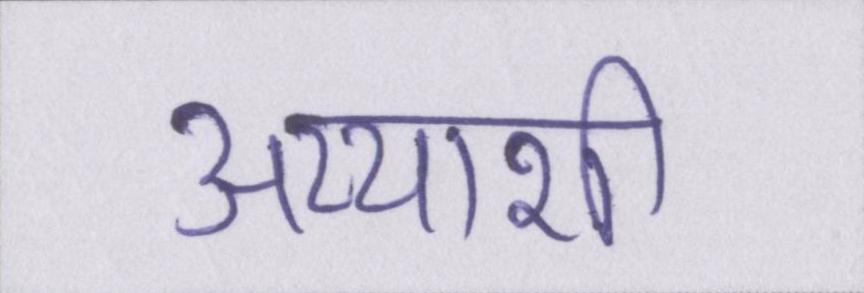
अय्याशी